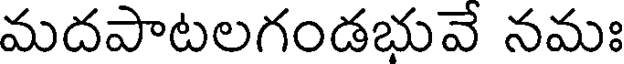
మదపాటలగండభువే నమః